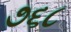
૭૬૮